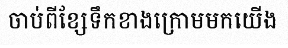
ចាប់ពីខ្សែទឹកខាងក្រោមមកយើង